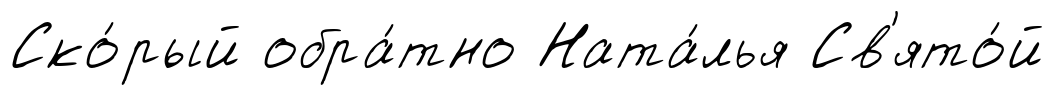
Ско́рый обра́тно Ната́лья Св'ято́й